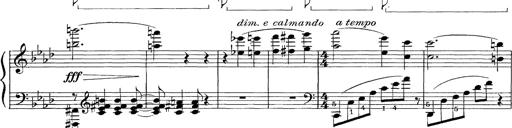
Title: FÃ¼nf KlavierstÃ¼cke
Composer: Franz Liszt